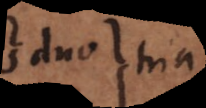
duo a